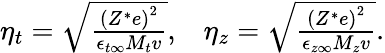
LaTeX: \begin{array}{r}{\eta_{t}=\sqrt{\frac{\left(Z^{*}e\right)^{2}}{\epsilon_{t\infty}M_{t}v}},\; \; \; \eta_{z}=\sqrt{\frac{\left(Z^{*}e\right)^{2}}{\epsilon_{z\infty}M_{z}v}}.}\end{array}